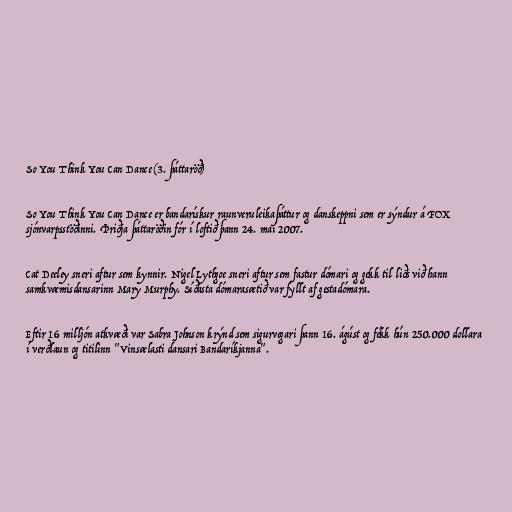
So You Think You Can Dance (3. þáttaröð)

So You Think You Can Dance er bandarískur raunveruleikaþáttur og danskeppni sem er sýndur á FOX
sjónvarpsstöðinni. Þriðja þáttaröðin fór í loftið þann 24. maí 2007.

Cat Deeley sneri aftur sem kynnir. Nigel Lythgoe sneri aftur sem fastur dómari og gekk til liðs við hann
samkvæmisdansarinn Mary Murphy. Síðasta dómarasætið var fyllt af gestadómara.

Eftir 16 milljón atkvæði var Sabra Johnson krýnd sem sigurvegari þann 16. ágúst og fékk hún 250.000 dollara
í verðlaun og titilinn "Vinsælasti dansari Bandaríkjanna".